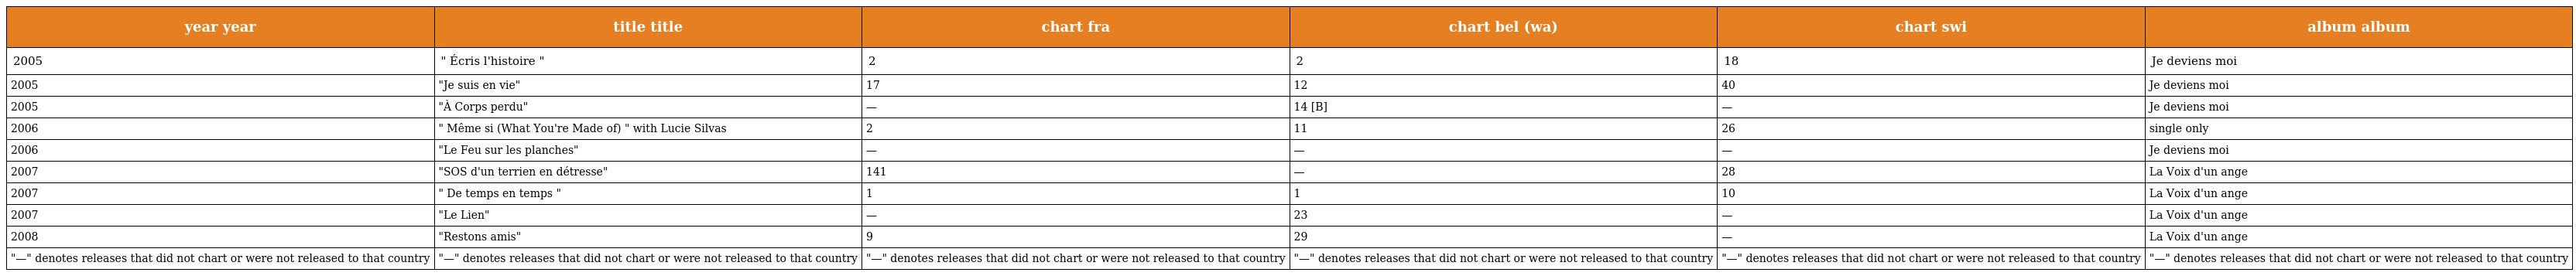
| year year | title title | chart fra | chart bel (wa) | chart swi | album album |
 | --- | --- | --- | --- | --- | --- |
 | 2005 | " Écris l'histoire " | 2 | 2 | 18 | Je deviens moi |
 | 2005 | "Je suis en vie" | 17 | 12 | 40 | Je deviens moi |
 | 2005 | "À Corps perdu" | — | 14 [B] | — | Je deviens moi |
 | 2006 | " Même si (What You're Made of) " with Lucie Silvas | 2 | 11 | 26 | single only |
 | 2006 | "Le Feu sur les planches" | — | — | — | Je deviens moi |
 | 2007 | "SOS d'un terrien en détresse" | 141 | — | 28 | La Voix d'un ange |
 | 2007 | " De temps en temps " | 1 | 1 | 10 | La Voix d'un ange |
 | 2007 | "Le Lien" | — | 23 | — | La Voix d'un ange |
 | 2008 | "Restons amis" | 9 | 29 | — | La Voix d'un ange |
 | "—" denotes releases that did not chart or were not released to that country | "—" denotes releases that did not chart or were not released to that country | "—" denotes releases that did not chart or were not released to that country | "—" denotes releases that did not chart or were not released to that country | "—" denotes releases that did not chart or were not released to that country | "—" denotes releases that did not chart or were not released to that country |